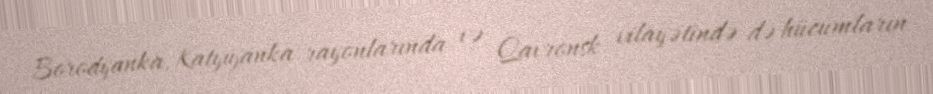
Borodyanka, Katyujanka rayonlarında və Qavronsk vilayətində də hücumların